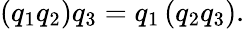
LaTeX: \left(q_{1}q_{2}\right)q_{3}=q_{1}\left(q_{2}q_{3}\right).